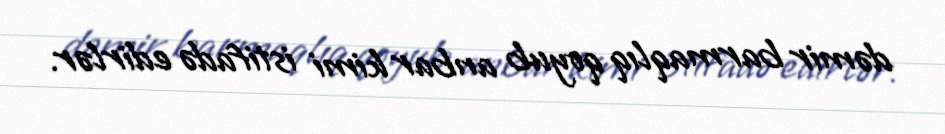
dəmir barmaqlıq qoyub anbar kimi istifadə edirlər.